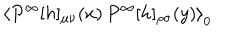
LaTeX: \left< P ^ { \infty } [ h ] _ { \mu \nu } ( x ) \, P ^ { \infty } [ h ] _ { \rho \sigma } ( y ) \right> _ { 0 }